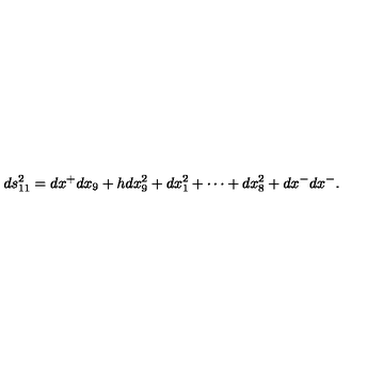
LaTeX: d s _ { 1 1 } ^ { 2 } = d x ^ { + } d x _ { 9 } + h d x _ { 9 } ^ { 2 } + d x _ { 1 } ^ { 2 } + \cdots + d x _ { 8 } ^ { 2 } + d x ^ { - } d x ^ { - } .